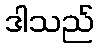
ဒါသည်